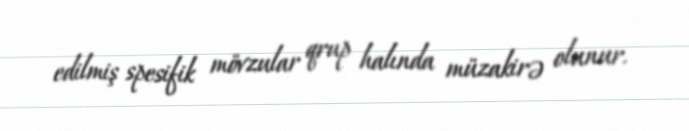
edilmiş spesifik mövzular qrup halında müzakirə olunur.